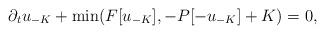
LaTeX: \begin{align*} \partial_{t}u_{-K}+\min(F[u_{-K}],-P[- u_{- K}]+K)=0,\end{align*}